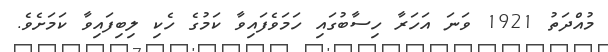
މުއްދަތު 1921 ވަނަ އަހަރާ ހިސާބުގައި ހަމަވެފައިވާ ކަމުގެ ހެކި ލިބިފައިވާ ކަމަށެވެ.